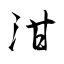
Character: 泔